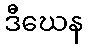
ဒီဃေန